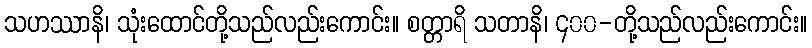
သဟဿာနိ၊ သုံးထောင်တို့သည်လည်းကောင်း။ စတ္တာရိ သတာနိ၊ ၄၀၀-တို့သည်လည်းကောင်း။